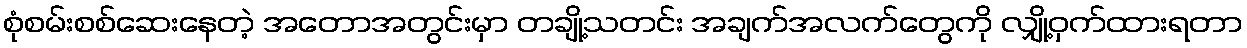
စုံစမ်းစစ်ဆေးနေတဲ့ အတောအတွင်းမှာ တချို့သတင်း အချက်အလက်တွေကို လျှို့ဝှက်ထားရတာ